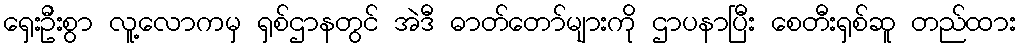
ရှေးဦးစွာ လူ့လောကမှ ရှစ်ဌာနတွင် အဲဒီ ဓာတ်တော်များကို ဌာပနာပြီး စေတီးရှစ်ဆူ တည်ထား